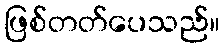
ဖြစ်တတ်ပေသည်။